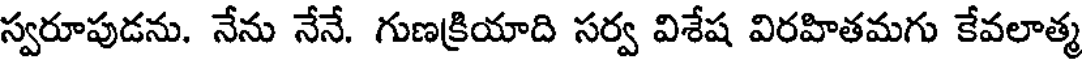
స్వరూపుడను. నేను నేనే. గుణక్రియాది సర్వ విశేష విరహితమగు కేవలాత్మ